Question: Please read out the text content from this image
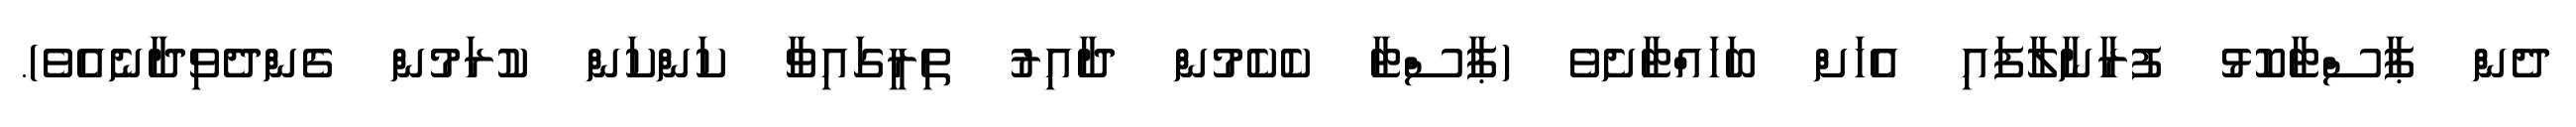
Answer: ދެން ޕާސްޓާކޮޅު ފުރާނާލާފައި އެހަށް ބަހައްޓާށެވެ (ޕާސްޓާ ކެކެމުން ދާއިރު ތިރީގައިވާ ކަންކަން ކުރަމުން ގެންދެވިދާނެއެވެ).